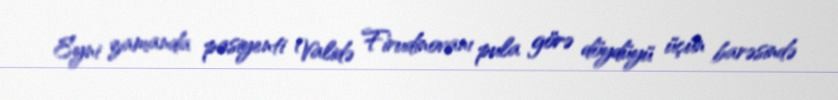
Eyni zamanda pasiyenti Validə Firudinovanı pula görə döydüyü üçün barəsində